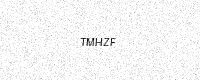
Text: TMHZF